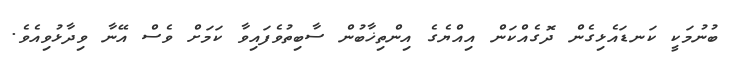
ބުނުމަކީ ކަނޑައެޅިގެން ދޮގެއްކަން އިއްޔެގެ އިންތިޚާބުން ސާބިތުވެފައިވާ ކަމަށް ވެސް އޭނާ ވިދާޅުވިއެވެ.